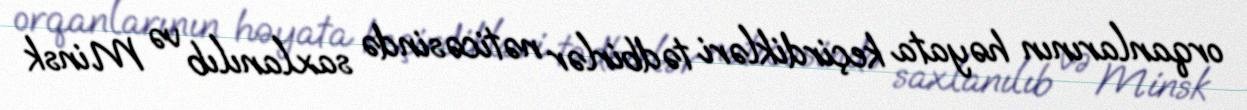
orqanlarının həyata keçirdikləri tədbirlər nəticəsində saxlanılıb və Minsk